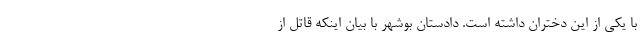
با یکی از این دختران داشته است. دادستان بوشهر با بیان اینکه قاتل از